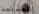
المسلحة